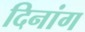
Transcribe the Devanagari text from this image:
दिनांग